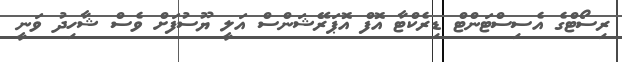
ރިސޯޓްގެ އެސިސްޓަންޓް ޑިރެކްޓާ އޮފް އޮޕަރޭޝަންސް އަލީ ޔޫސުފަށް ވެސް ޝާހިދު ވަނީ